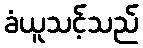
ခံယူသင့်သည်